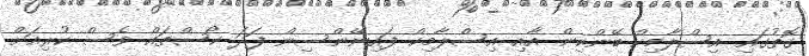
ގޮތުގައި އިސްލާމިކް ބޭންކިން އާއި އިސްލާމިކް ފައިނޭންސިން ފަދަ ކޯސްތައް ވެސް ކުރިއަށް